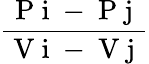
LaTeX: \frac{\mathrm{~P~i~-~P~j~}}{\mathrm{~V~i~-~V~j~}}